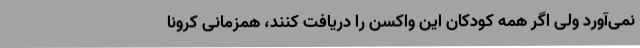
نمی‌آورد ولی اگر همه کودکان این واکسن را دریافت کنند، همزمانی کرونا